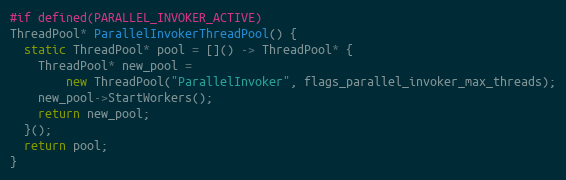
Language: C++
#if defined(PARALLEL_INVOKER_ACTIVE)
ThreadPool* ParallelInvokerThreadPool() {
  static ThreadPool* pool = []() -> ThreadPool* {
    ThreadPool* new_pool =
        new ThreadPool("ParallelInvoker", flags_parallel_invoker_max_threads);
    new_pool->StartWorkers();
    return new_pool;
  }();
  return pool;
}